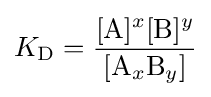
K_{\mathrm {D} }={\frac {[{\ce {A}}]^{x}[{\ce {B}}]^{y}}{[{\ce {A}}_{x}{\ce {B}}_{y}]}}